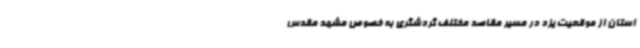
استان از موقعیت یزد در مسیر مقاصد مختلف گردشگری به خصوص مشهد مقدس